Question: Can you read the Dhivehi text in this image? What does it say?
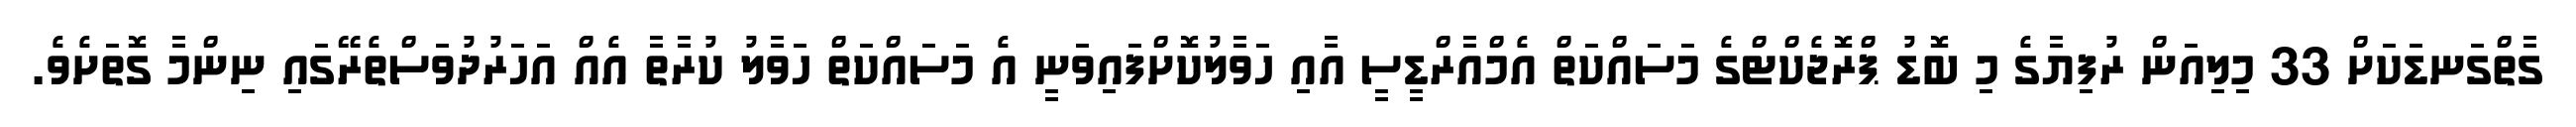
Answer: ގާތްގަނޑަކަށް 33 މިލިއަން ރުފިޔާގެ މި ބޮޑު ޕްރޮޖެކްޓްގެ މަސައްކަތް އެމްއާރްޑީސީ އާއި ހަވާލުކޮށްފައިވަނީ އެ މަސައްކަތް ހަވާލު ކުރާތާ އެއް އަހަރުދުވަސްތެރޭގައި ނިންމާ ގޮތަށެވެ.